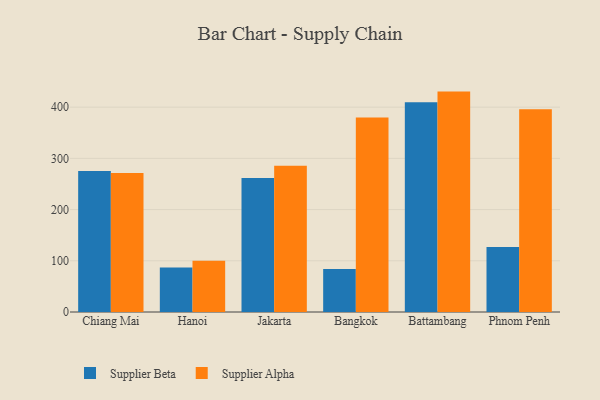
{"axis": {"x": "City", "y": "LTV (USD)"}, "legend": ["Supplier Alpha", "Supplier Beta"], "data": [{"x": "Chiang Mai", "y": 275.4, "type": "Supplier Beta"}, {"x": "Chiang Mai", "y": 271.2, "type": "Supplier Alpha"}, {"x": "Hanoi", "y": 86.9, "type": "Supplier Beta"}, {"x": "Hanoi", "y": 100.3, "type": "Supplier Alpha"}, {"x": "Jakarta", "y": 261.9, "type": "Supplier Beta"}, {"x": "Jakarta", "y": 285.4, "type": "Supplier Alpha"}, {"x": "Bangkok", "y": 84.1, "type": "Supplier Beta"}, {"x": "Bangkok", "y": 380.0, "type": "Supplier Alpha"}, {"x": "Battambang", "y": 409.7, "type": "Supplier Beta"}, {"x": "Battambang", "y": 430.4, "type": "Supplier Alpha"}, {"x": "Phnom Penh", "y": 126.9, "type": "Supplier Beta"}, {"x": "Phnom Penh", "y": 396.1, "type": "Supplier Alpha"}]}